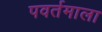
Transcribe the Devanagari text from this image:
पवर्तमाला